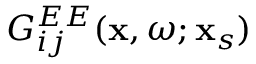
G _ { i j } ^ { E E } ( \mathbf { x } , \omega ; \mathbf { x } _ { s } )